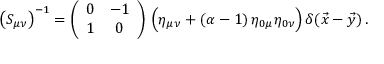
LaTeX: \bigl ( S _ { \mu \nu } \bigr ) ^ { - 1 } = \left( \begin{array} { c c } { { 0 } } & { { - 1 } } \\ { { 1 } } & { { 0 } } \end{array} \right) \, \Bigl ( \eta _ { \mu \nu } + ( \alpha - 1 ) \, \eta _ { 0 \mu } \eta _ { 0 \nu } \Bigr ) \, \delta ( \vec { x } - \vec { y } ) \, .